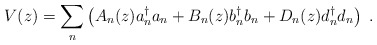
\begin{align*}V(z) = {\sum_n} \left( A_n (z) a{_n ^\dagger} a_n + B_n (z) b{_n^\dagger} b_n + D_n (z) d{_n ^\dagger} d_n \right)\; .\end{align*}